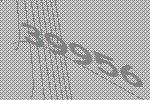
39956